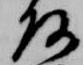
啓